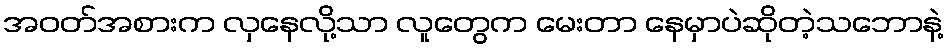
အဝတ်အစားက လှနေလို့သာ လူတွေက မေးတာ နေမှာပဲဆိုတဲ့သဘောနဲ့